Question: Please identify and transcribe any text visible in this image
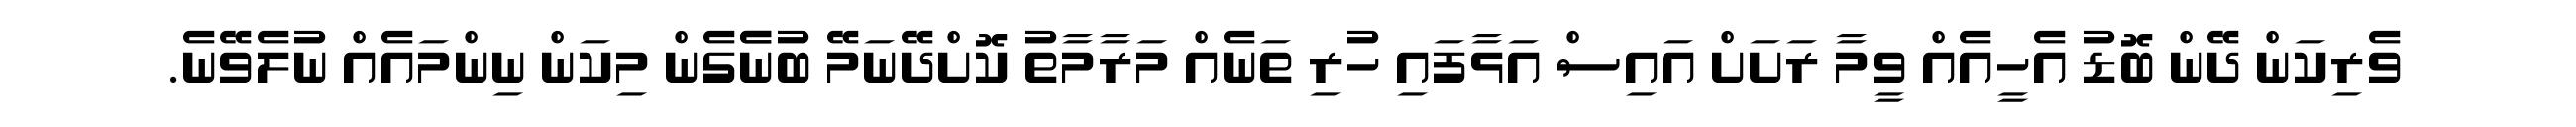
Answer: ވެރިކަން ދޭން ބޮޑު އެހީއެއް ވީމާ ރަށަށް އައިސް އަޅާފައި ހުރި ތަނެއް މަރާމާތު ކޮށްދޭނަމޭ ބުނެެގެން މިކަން ނިންމައެއް ނުލެވޭނެ.